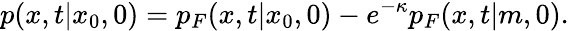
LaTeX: p(x,t|x_{0},0)=p_{F}(x,t|x_{0},0)-e^{-\kappa}p_{F}(x,t|m,0).